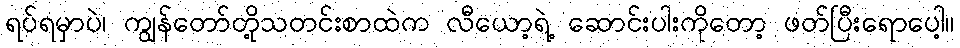
ရပ်ရမှာပဲ၊ ကျွန်တော်တို့သတင်းစာထဲက လီယော့ရဲ့ ဆောင်းပါးကိုတော့ ဖတ်ပြီးရောပေါ့။